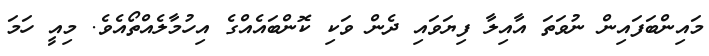
މައިންބަފައިން ނުވަތަ އާއިލާ ފިޔަވައި ދެން ވަކި ކޮންބައެއްގެ އިހުމާލެއްތޯއެވެ. މިއީ ހަމަ